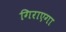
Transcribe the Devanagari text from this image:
गिराएगा